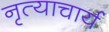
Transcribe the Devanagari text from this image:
नृत्याचार्य